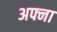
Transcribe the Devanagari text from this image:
अफ्ना